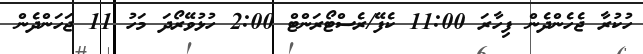
ހުކުރާ ޖެހެންދެން ފިހާރަ 11:00 ކެފޭ/ރެސްޓޯރަންޓް 2:00 ހުޅުވޭރޯދަ މަހު 11 ޖަހަންދެން